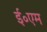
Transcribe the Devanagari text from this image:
ई॰एम